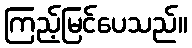
ကြည့်မြင်ပေသည်။